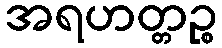
အရဟတ္တဉ္စ